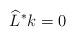
LaTeX: \begin{align*}\widehat{L}^\ast k=0\end{align*}